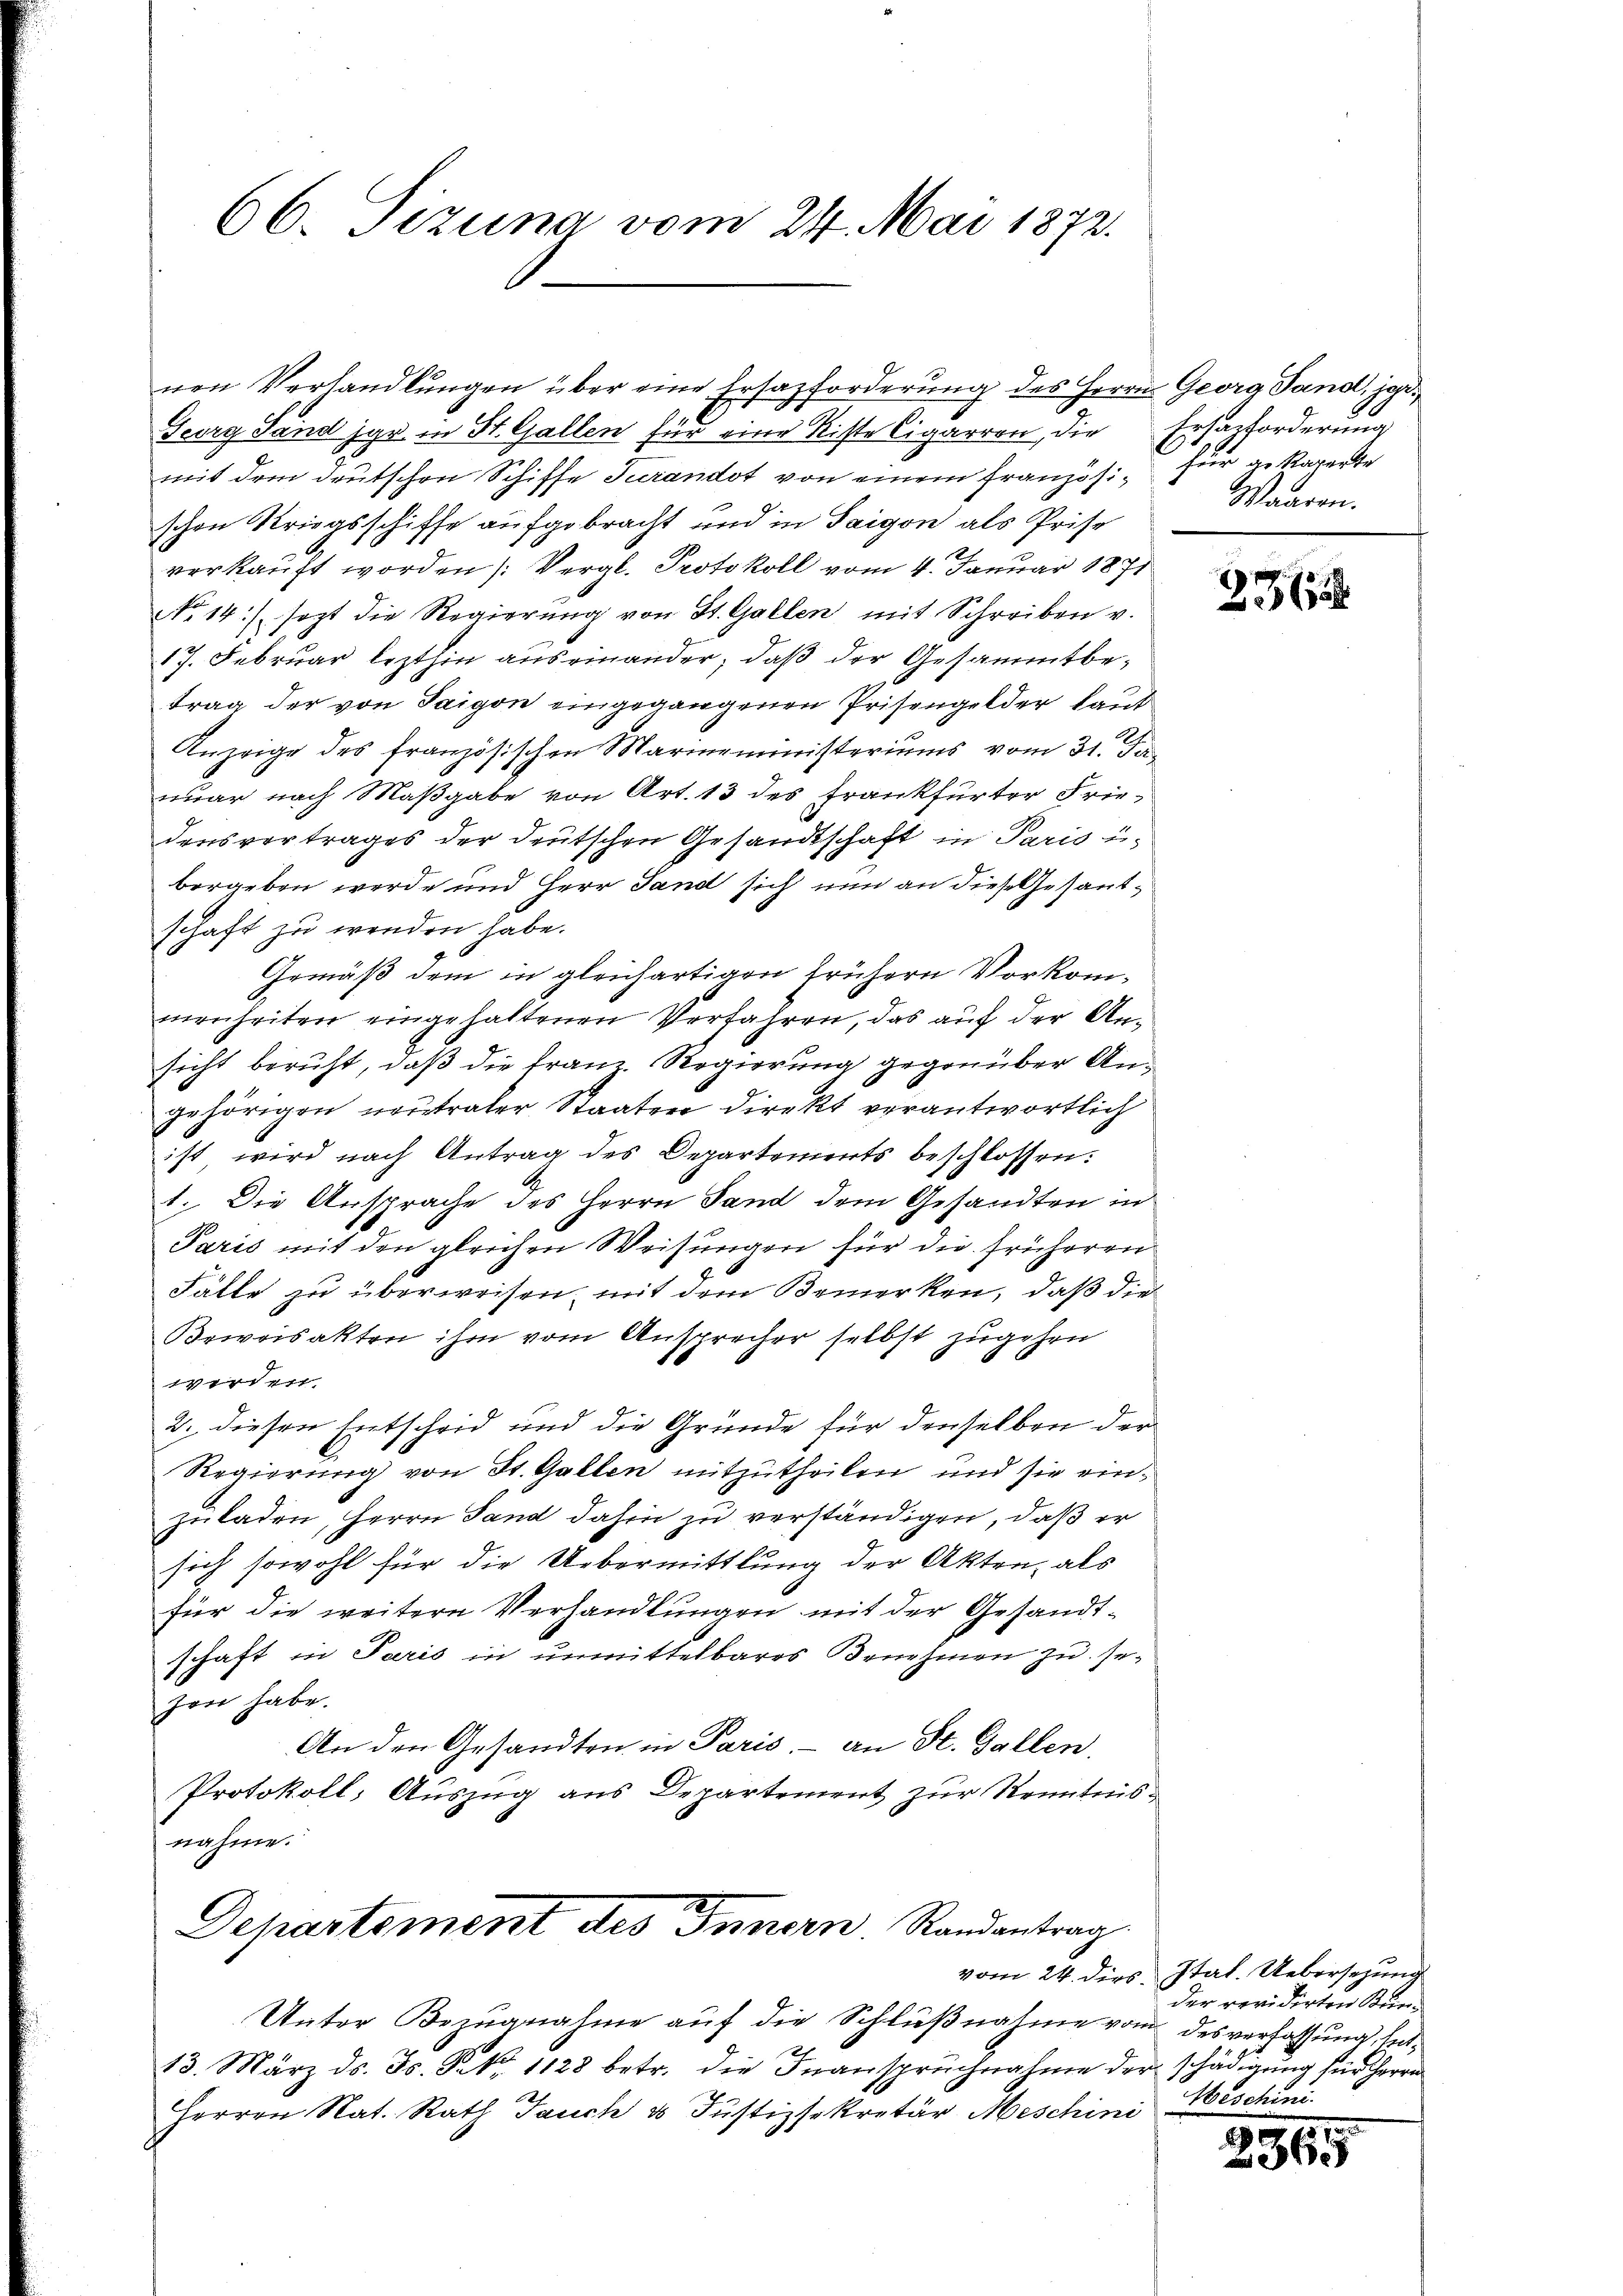
66. Tizuna vom 24. Mai 1872.

Georg Land jar in St. Gallen für eine Riste Cigarren, die
mit dem deutschen Schiffe Jurandot von einem Französi- für gekaperte
schen Kriegsschiffe aufgebracht und in Saigon als Prise
verkauft worden (: Vergl. Protokoll vom 4. Januar 1871
No 14./ sezt die Regierŭng von St. Gallen mit Schreiben v.
17. Februar lezthin auseinander, daß der Gesammtbetrag der von Saigon eingegangenen Prisengelder laut
Anzeige des französischen Marineministeriums vom 31. Ja,
war nach Maßgabe von Art. 13 des Frankfurter Friedensvertrages der deutschen Gesandtschaft in Paris u.
bergeben werde und Herr Sand sich nun an diese Gesandschaft zu wenden habe.
Gemäß dem in gleichartigen frühern Vorkommenheiten eingehaltenen Verfahren, das auf der Ansicht beruht, daß die Franz. Regierung gegenüber Angehörigen neutraler Staaten direkt verantwortlich
ist wird nach Antrag des Departements beschlossen:
1. Die Ansprache des Herrn Sand dem Gesandten in
Paris mit den gleichen Weisungen für die früheren
Fälle zu überweisen, mit dem Bemerken, daß die
Bewoisakten ihm vom Ansprecher selbst zugehen
werden.
2. diesen Entscheid und die Gründe für denselben der
Regierung von St. Gallen mitzutheilen und sie einzuladen, Herrn Sand dahin zu verständigen, daß er
sich sowohl für die Uebermittlung der Akten, als
für die weitere Verhandlungen mit der Gesandtschaft in Paris in unmittelbares Benehmen zu sezen habe.
An den Gesandten in Paris, - an St. Gallen.
Protokoll, Auszug aus Departement zur Kenntnis.
nahme.
Departement des Innern. Randantrag
Unter Bezugnahme auf die Schlußnahme vom des verfassung, Ent¬
13. März ds. Js. Frk. 1128 betr. die Inanspruchnahme der schädigung für Herrn
Herren Nat. Rath Jauch 3 Justizsekretär Meschini

nen Verhandlungen über eine Ersazforderung des Herrn Georg Sand, je¬

Ersatzforderung
Waaren.

335

vom 24. dies Stat. Uebersezung
der revidirten Kun¬
Weschini

1907.
8